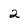
Character: 2